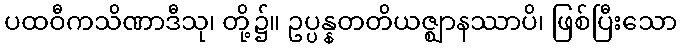
ပထဝီကသိဏာဒီသု၊ တို့၌။ ဥပ္ပန္နတတိယဇ္ဈာနဿာပိ၊ ဖြစ်ပြီးသော